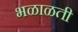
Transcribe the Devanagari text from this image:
भळाळती